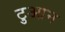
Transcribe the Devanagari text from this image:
टुआन